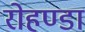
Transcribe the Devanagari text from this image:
रोहण्डा